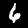
Label: 6